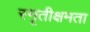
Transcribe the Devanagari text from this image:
स्मृतीक्षमता